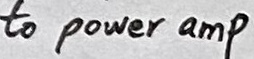
Text: to power amp